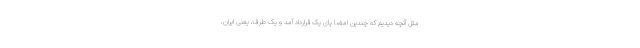
مثل آنچه دیدیم که چندین امضا پای یک قرارداد آمد و یک طرف، یعنی ایران،